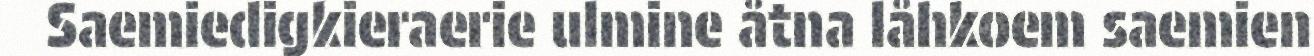
Saemiedigkieraerie ulmine åtna låhkoem saemien